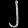
Digit: ၂